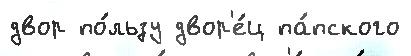
двор по́льзу двор'е́ц па́пского